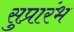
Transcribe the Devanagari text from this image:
सुप्रारंभ